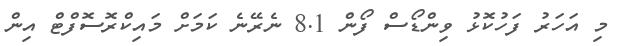
މި އަހަރު ފަހުކޮޅު ވިންޑޯސް ފޯން 8.1 ނެރޭނެ ކަމަށް މައިކްރޮސޮފްޓް އިން